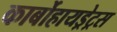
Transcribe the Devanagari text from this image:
कार्बोहायड्रेट्रस